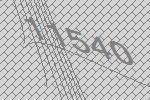
11540